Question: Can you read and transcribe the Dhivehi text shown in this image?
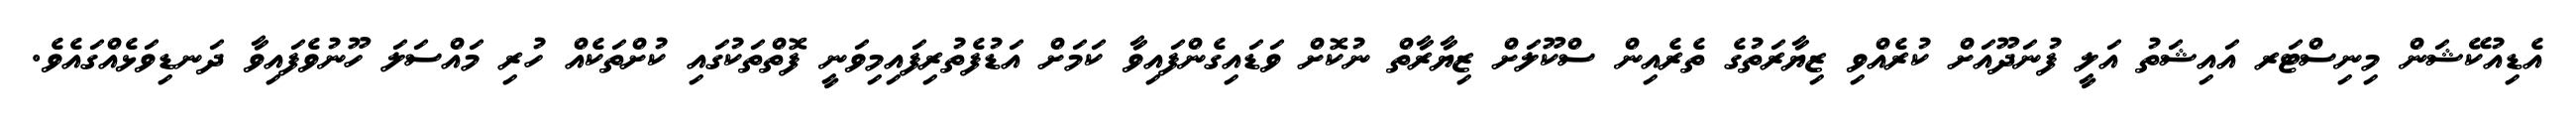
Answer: އެޑިއުކޭޝަން މިނިސްޓަރ އައިޝަތު އަލީ ފުނަދޫއަށް ކުރެއްވި ޒިޔާރަތުގެ ތެރެއިން ސްކޫލަށް ޒިޔާރާތް ނުކޮށް ވަޑައިގެންފައިވާ ކަމަށް އަޑުފެތުރިފައިމިވަނީ ފޮތްތަކުގައި ކުށްތަކެއް ހުރި މައްސަލަ ހޫނުވެފައިވާ ދަނޑިވަޅެއްގައެވެ.